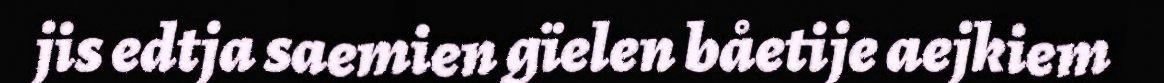
jis edtja saemien gïelen båetije aejkiem